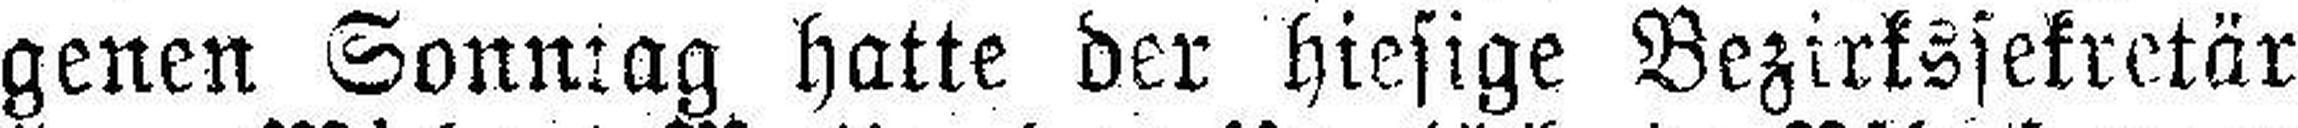
genen Sonntag hatte der hiesige Bezirkssekretär